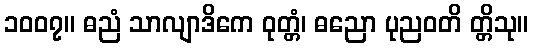
၁၀၀၇။ ဓညံ သာလျာဒိကေ ဝုတ္တံ၊ ဓညော ပုညဝတိ တ္တိသု။